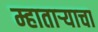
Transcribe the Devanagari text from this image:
म्हातार्‍याचा